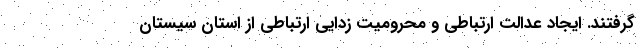
گرفتند. ایجاد عدالت ارتباطی و محرومیت زدایی ارتباطی از استان سیستان